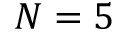
N = 5